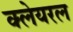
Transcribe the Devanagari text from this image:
क्लेयरल